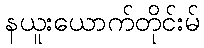
နယူးယောက်တိုင်းမ်